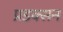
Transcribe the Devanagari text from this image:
प्रडक्सन